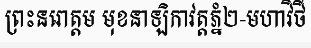
ព្រះនរោត្តម មុខនាឡិកាវត្តភ្នំ២-មហាវិថី